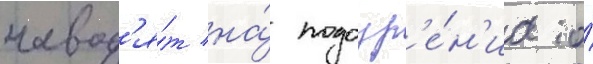
навод'я́т на́ подозр'е́н'иа о́